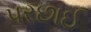
પરછાઈ